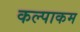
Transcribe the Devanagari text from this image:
कल्पाकम